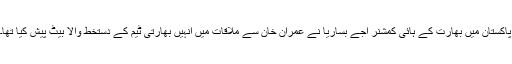
پاکستان میں بھارت کے ہائی کمشنر اجے بساریا نے عمران خان سے ملاقات میں انہیں بھارتی ٹیم کے دستخط والا بیٹ پیش کیا تھا۔